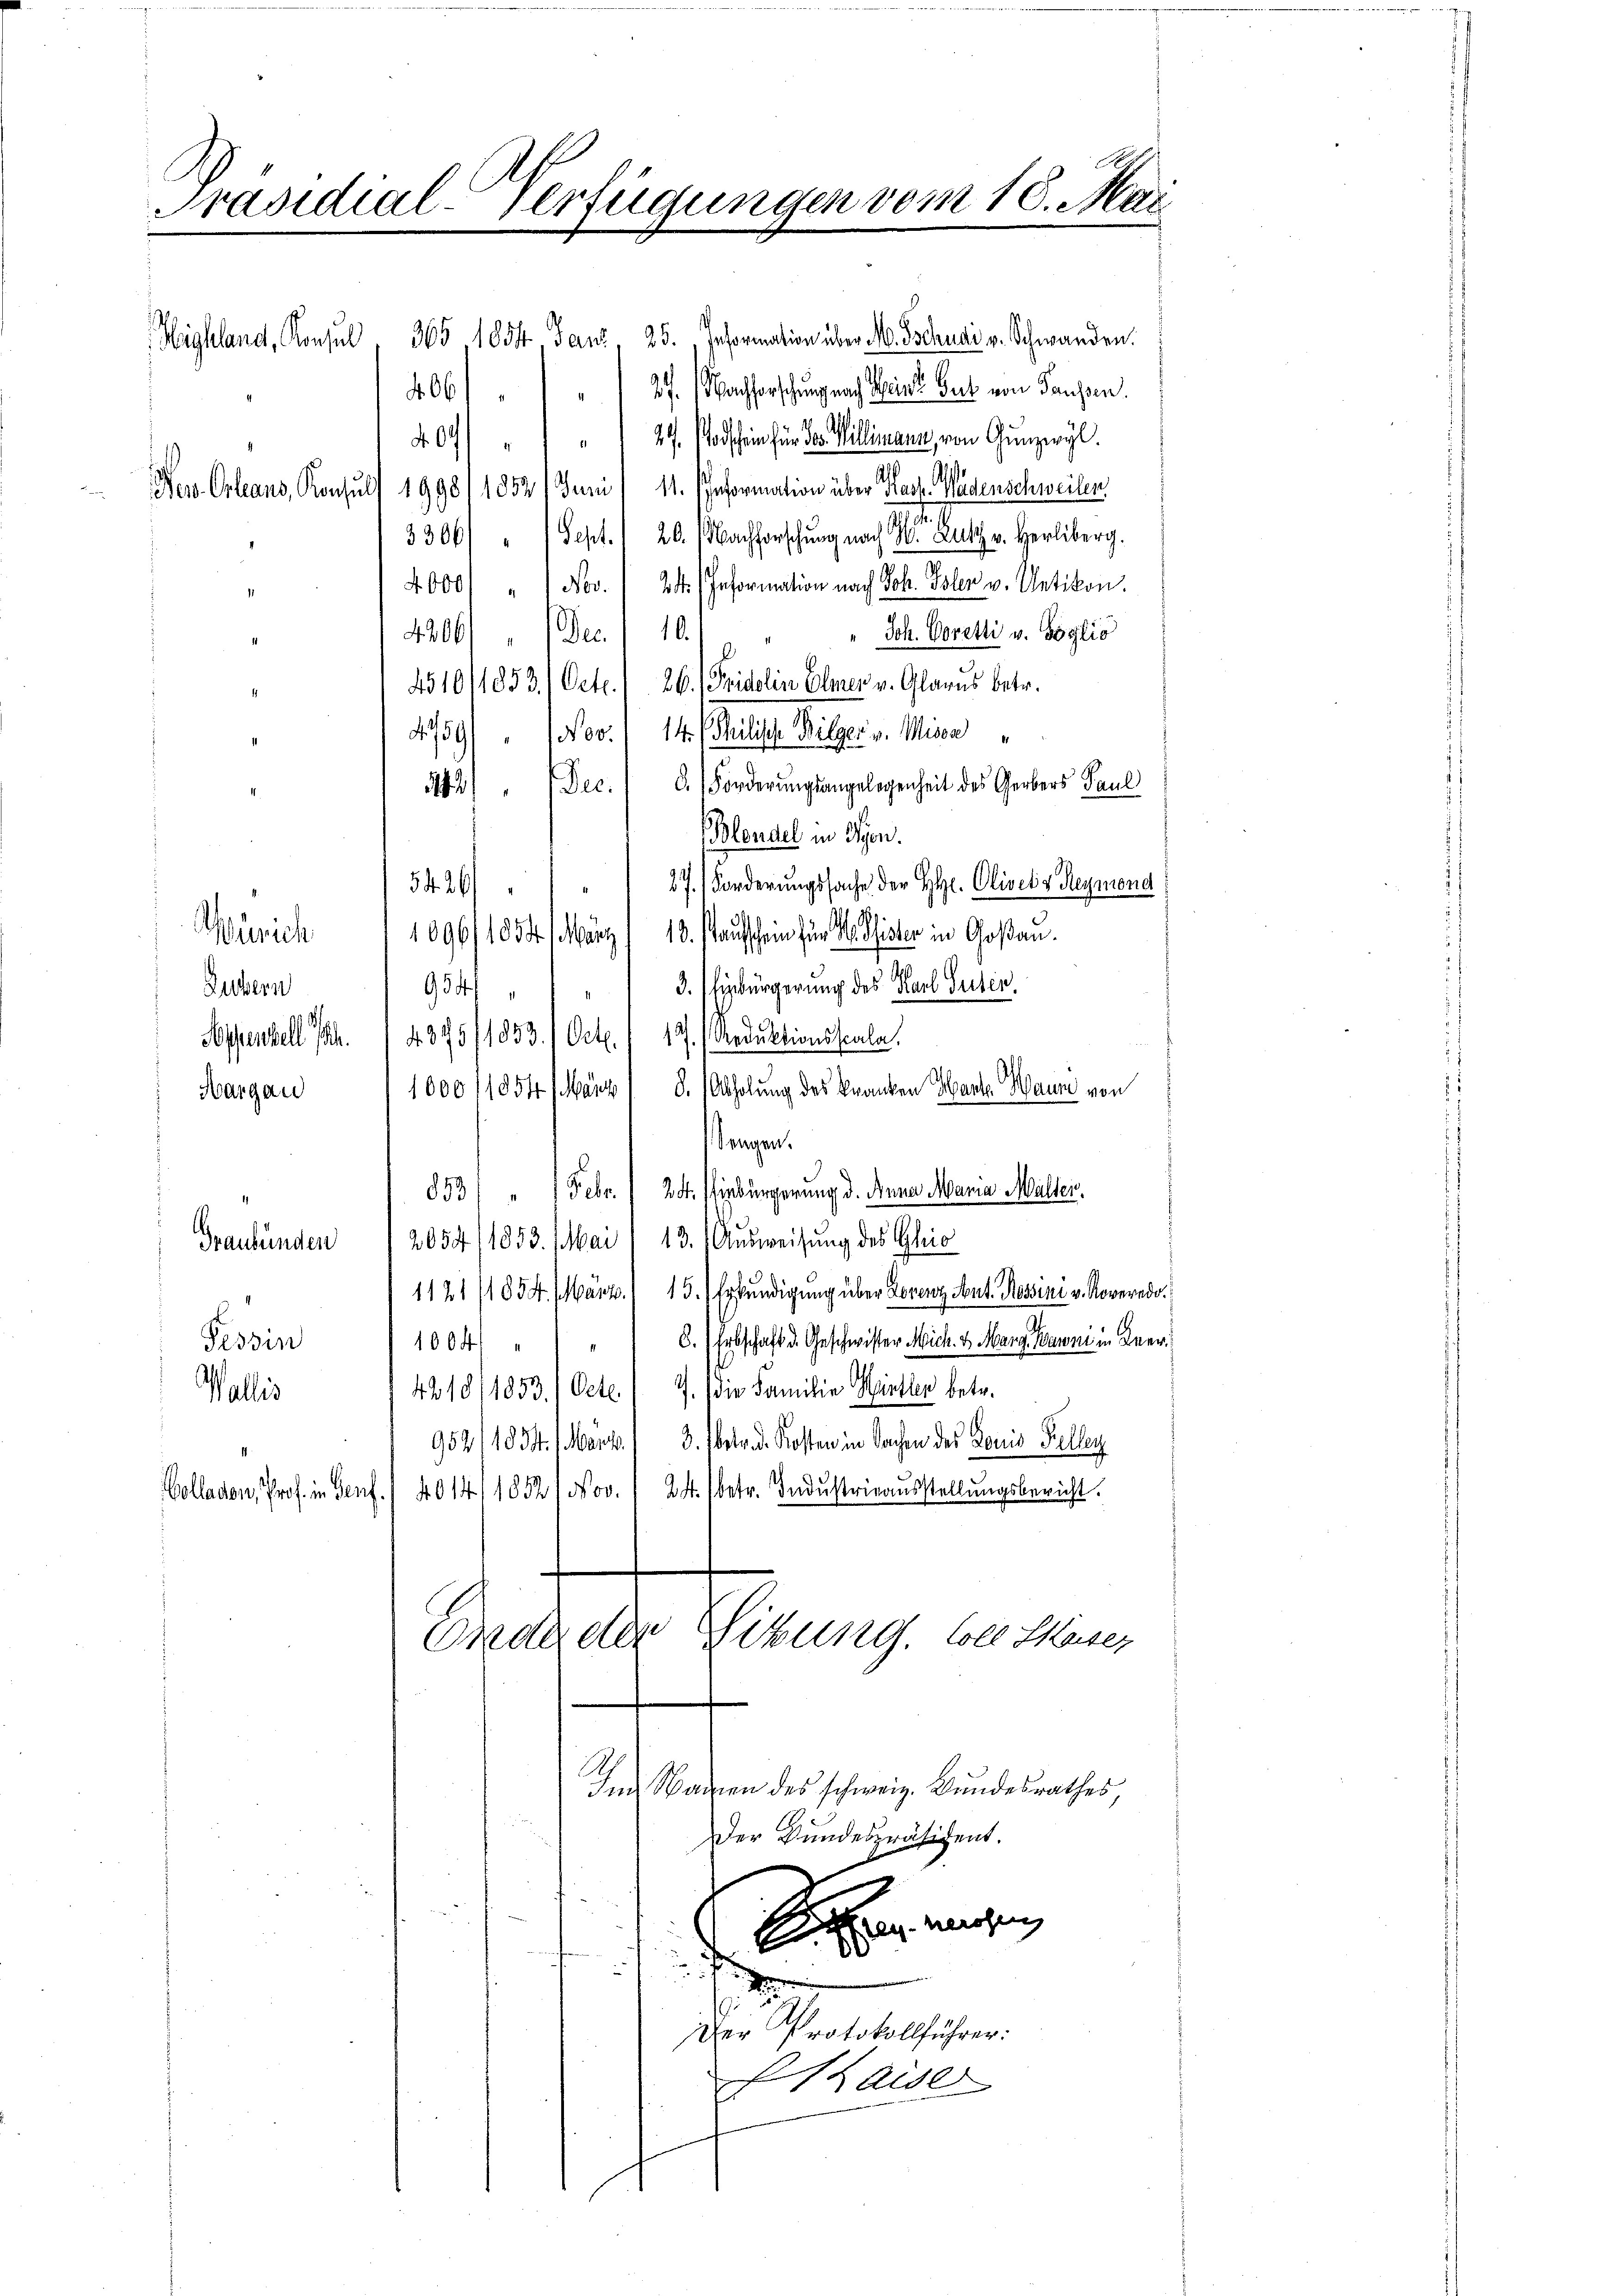
Präsidial-Verfügungen vom 10. Mai

Highland, Konsul

1854, Tanz, 25. Information über M. Tschudi v. Schwanden.
365
27. Nachforschung nach Mein Bert von Paussen.
4
1
" 27. Todschein für das Willimann, von Günzwyl
0
New-Orleans, Konsuls 19981 1852 / Juni, 11. Information über Hag- Wädenschweilen
.
3306/  Sept. 1 20. Nachforschung nach Gut. Herliberg.
4000 " 1 Nov. / 24 (Information nach Joh. Toler v. Uetikon.
" Joh. Coretti v. Soglio
4806 Dec. 10.
.
4510/1853/Octe.) 26. Fridolin Elmer v. Glarus betr.
4/59/ " 1 Nov. 14 (Pilische Bilger v. Mison
342) " (Dec. 18. Forderungsangelegenheit des Gerbers Paul
Blendel in Syen.
27.) Forderungssache der Hr. Olives Reymond
54. 361
Zürich 1096/1854 / März 18. aufschein für M. hier in Goßau.
"1 3. Einbürgerung des Karl Guten.
Luzern
954
4895/1853. / Oct. / 17. Reduktionsscala.
Appenzell I.
S. (Abholung des kranken Harte Baume von
1000 11854 März
Margau
Sengen.
853/ " 1 Febr. / 24. Einbürgerung d. Anna Maria Müller.
2
Graubünden 2054/1853. Mai /13. Ausweisung des Gleic
1121/1854. März/15.) Erkundigung über Lorenz Ant. Rossini v. Roveredo¬
1004 " " " " 6. Erbschaft d. Geschwister Mich. 2. Marg, Baroni in Aner¬
Tessin
die Familie Hitler betr.
4218/1853./Octe.
Wallis
.
952/10 M. 1. Mart. 13. betr. d. Kosten in Sachen des Louis Keller
Bolladen, Prof. in Genf. 4014, 1852/ Nov. 124 (betr. Indŭstrieaŭsstellŭngsbericht.
Sikung. Coll Huser
Bad der
Im Namen des schweiz. Bundesrathes
Der Bundespräsident.
e
t
S
Der Protokollführer:
thauser